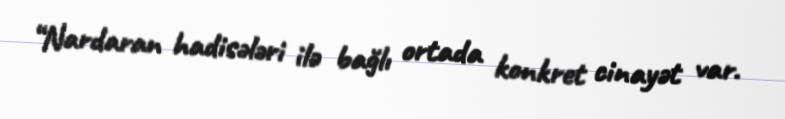
“Nardaran hadisələri ilə bağlı ortada konkret cinayət var.